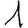
Digit: 1